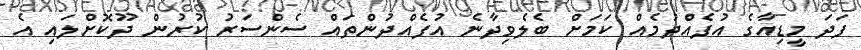
ފަދަ މީޑިއާގެ އުފެއްދުމެއް ކަމަށް ބެލެވިދާނެ އުފެއްދުންތައް ސެންސަރު ކުރުން ދޫކޮށްލައި އެ